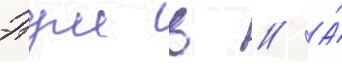
Этуш в // А́